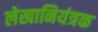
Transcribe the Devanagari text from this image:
लेखानियंत्रक